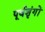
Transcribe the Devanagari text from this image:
पूर्वशृंगों